Madras plague regulations and rules for the city of Madras
Disease focus: Plague
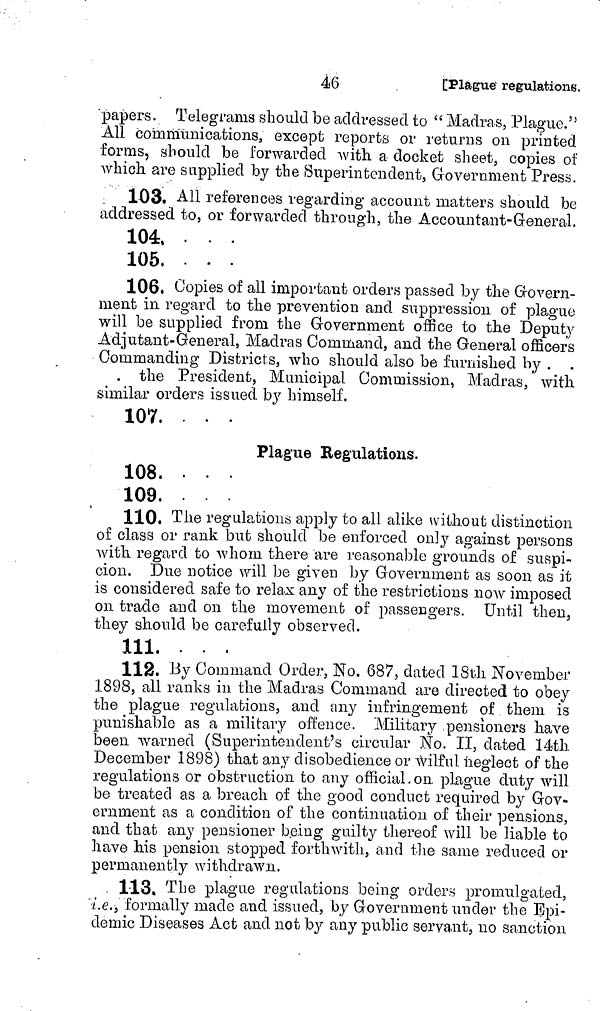
46
[Plague regulations.
papers. Telegrams should be addressed to " Madras, Plague."
All communications, except reports or returns on printed
forms, should be forwarded with a docket sheet, copies of
which are supplied by the Superintendent, Government Press.
103. All references regarding account matters should be
addressed to, or forwarded through, the Accountant-General.
104. . . .
105, . . .
106. Copies of all important orders passed by the Govern-
ment in regard to the prevention and suppression of plague
will be supplied from the Government office to the Deputy
Adjutant-General, Madras Command, and the General officers
Commanding Districts, who should also be furnished by .
. the President, Municipal Commission, Madras, with
similar orders issued by himself.
107, . . .
Plague Regulations.
108, . . .
109.
110, The regulations apply to all alike without distinction
of class or rank but should be enforced only against persons
with regard to whom there are reasonable grounds of suspi-
cion. Due notice will be given by Government as soon as it
is considered safe to relax any of the restrictions now imposed
on trade and on the movement of passengers. Until then,
they should be carefully observed.
111.
112. By Command Order, No. 687, dated 18th November
1898, all ranks in the Madras Command are directed to obey
the plague regulations, and any infringement of them is
punishable as a military offence. Military pensioners have
been warned (Superintendent's circular Ño. II, dated 14th
December 1898) that any disobedience or wilful neglect of the
regulations or obstruction to any official on plague duty will
be treated as a breach of the good conduct required by Gov-
ernment as a condition of the continuation of their pensions,
and that any pensioner being guilty thereof will be liable to
have his pension stopped forthwith, and the same reduced or
permanently withdrawn.
113, The plague regulations being orders promulgated,
i.e formally made and issued, by Government under the Epi-
demic Diseases Act and not by any public servant, no sanction